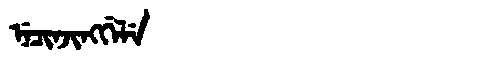
Manchu: ᠨᡝᠴᡳᠨᠵᡳᠩᡤᡝᠯᡝ
Romanization: NECINJINGGELE